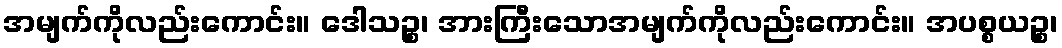
အမျက်ကိုလည်းကောင်း။ ဒေါသဉ္စ၊ အားကြီးသောအမျက်ကိုလည်းကောင်း။ အပစ္စယဉ္စ၊